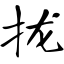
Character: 拢